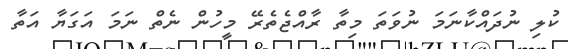
ކުލި ނުދައްކާނަމަ ނުވަތަ މިތާ ރާއްޖެތެރޭ މީހުން ނެތް ނަމަ އަގަޔާ އަތާ